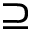
\supseteq